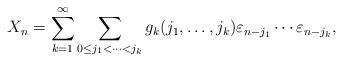
LaTeX: \begin{align*} X_n = \sum_{k=1}^\infty\sum_{0 \le j_1 < \cdots< j_k} g_k(j_1, \ldots,j_k) \varepsilon_{n-j_1} \cdots \varepsilon_{n-j_k},\end{align*}